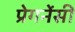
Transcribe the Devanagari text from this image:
प्रेगनेंसी